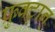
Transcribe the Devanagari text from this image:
फ्रुक्टान्